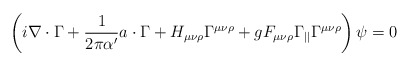
\begin{align*}\left(i\nabla\cdot\Gamma+\frac{1}{2\pi\alpha'}a\cdot\Gamma+H_{\mu\nu\rho}\Gamma^{\mu\nu\rho}+gF_{\mu\nu\rho}\Gamma_{||}\Gamma^{\mu\nu\rho}\right)\psi=0\end{align*}